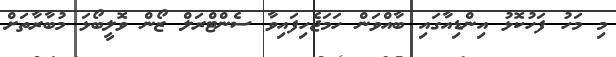
މި މަހު ފަހުކޮޅު އިންޑިއާގައި ބާއްވަން ހަމަޖެހިފައިވާ ސެންޓްރަލް ޒޯން ވޮލީބޯޅަ މުބާރާތަށް